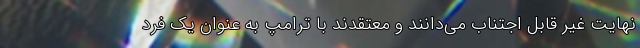
نهایت غیر قابل اجتناب می‌دانند و معتقدند با ترامپ به عنوان یک فرد